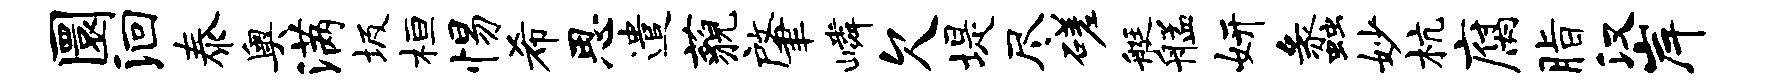
圜洄泰奥满圾桓惕希思遣藐肇嶙欠堤尽磋艇艋妍蠡妙杭腐脂汉岸